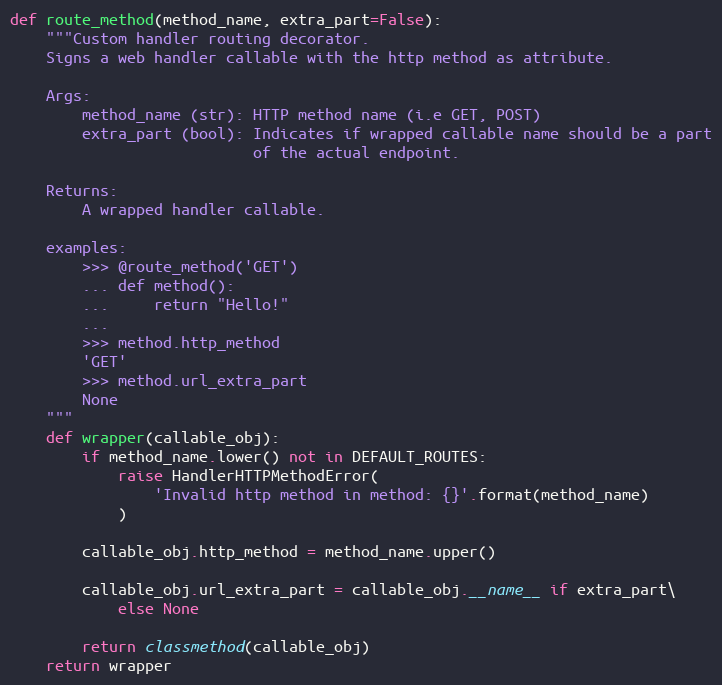
Language: Python
def route_method(method_name, extra_part=False):
    """Custom handler routing decorator.
    Signs a web handler callable with the http method as attribute.

    Args:
        method_name (str): HTTP method name (i.e GET, POST)
        extra_part (bool): Indicates if wrapped callable name should be a part
                           of the actual endpoint.

    Returns:
        A wrapped handler callable.

    examples:
        >>> @route_method('GET')
        ... def method():
        ...     return "Hello!"
        ...
        >>> method.http_method
        'GET'
        >>> method.url_extra_part
        None
    """
    def wrapper(callable_obj):
        if method_name.lower() not in DEFAULT_ROUTES:
            raise HandlerHTTPMethodError(
                'Invalid http method in method: {}'.format(method_name)
            )

        callable_obj.http_method = method_name.upper()

        callable_obj.url_extra_part = callable_obj.__name__ if extra_part\
            else None

        return classmethod(callable_obj)
    return wrapper